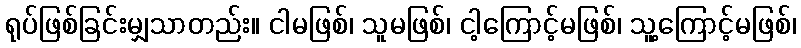
ရုပ်ဖြစ်ခြင်းမျှသာတည်း။ ငါမဖြစ်၊ သူမဖြစ်၊ ငါ့ကြောင့်မဖြစ်၊ သူ့ကြောင့်မဖြစ်၊